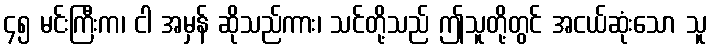
၄၅ မင်းကြီးက၊ ငါ အမှန် ဆိုသည်ကား၊ သင်တို့သည် ဤသူတို့တွင် အငယ်ဆုံးသော သူ